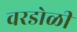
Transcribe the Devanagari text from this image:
वरडोळी